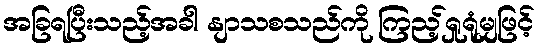
အခြရပြီးသည့်အခါ နျာသစသည်ကို ကြည့်ရှုရုံမျှဖြင့်